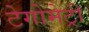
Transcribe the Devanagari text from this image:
टेगोमेट्री